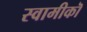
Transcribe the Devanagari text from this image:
स्वामीकॊ